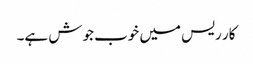
کار ریس میں خوب جوش ہے۔